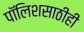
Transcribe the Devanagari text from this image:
पॉलिशसाठीही